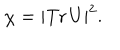
LaTeX: \chi = \left| \mathrm { T r } \, U \right| ^ { 2 } .